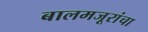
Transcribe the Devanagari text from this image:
बालमजूरांचा